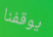
يوقفنا